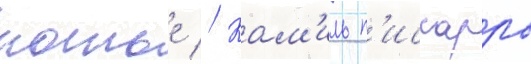
потье // Кам'иль п'иссарро